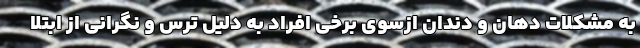
به مشکلات دهان و دندان ازسوی برخی افراد به دلیل ترس و نگرانی از ابتلا